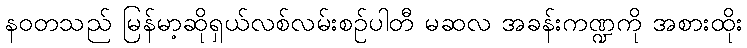
နဝတသည် မြန်မာ့ဆိုရှယ်လစ်လမ်းစဉ်ပါတီ မဆလ အခန်းကဏ္ဍကို အစားထိုး